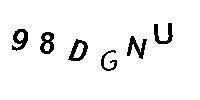
98DGNU